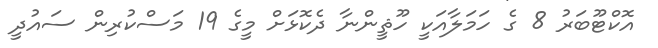
އޮކްޓޫބަރު 8 ގެ ހަމަލާއަކީ ހޫޘީންނާ ދެކޮޅަށް މީގެ 19 މަސްކުރިން ސައުދީ